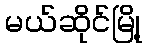
မယ်ဆိုင်မြို့